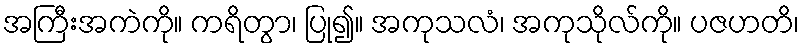
အကြီးအကဲကို။ ကရိတွာ၊ ပြု၍။ အကုသလံ၊ အကုသိုလ်ကို။ ပဇဟတိ၊